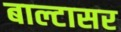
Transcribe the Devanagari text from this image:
बाल्टासर